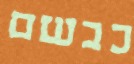
כבשם